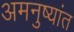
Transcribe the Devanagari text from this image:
अमनुष्यांत